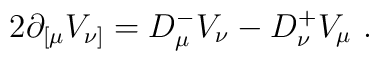
2\partial_{[\mu}V_{\nu]}=D_\mu^- V_\nu -D_\nu^+ V_\mu\ .